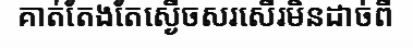
គាត់តែងតែស្ងើចសរសើរមិនដាច់ពី